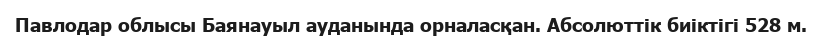
Павлодар облысы Баянауыл ауданында орналасқан. Абсолюттiк биіктігі 528 м.